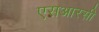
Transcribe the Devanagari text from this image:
एसआरसी